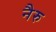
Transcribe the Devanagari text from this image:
नैरु